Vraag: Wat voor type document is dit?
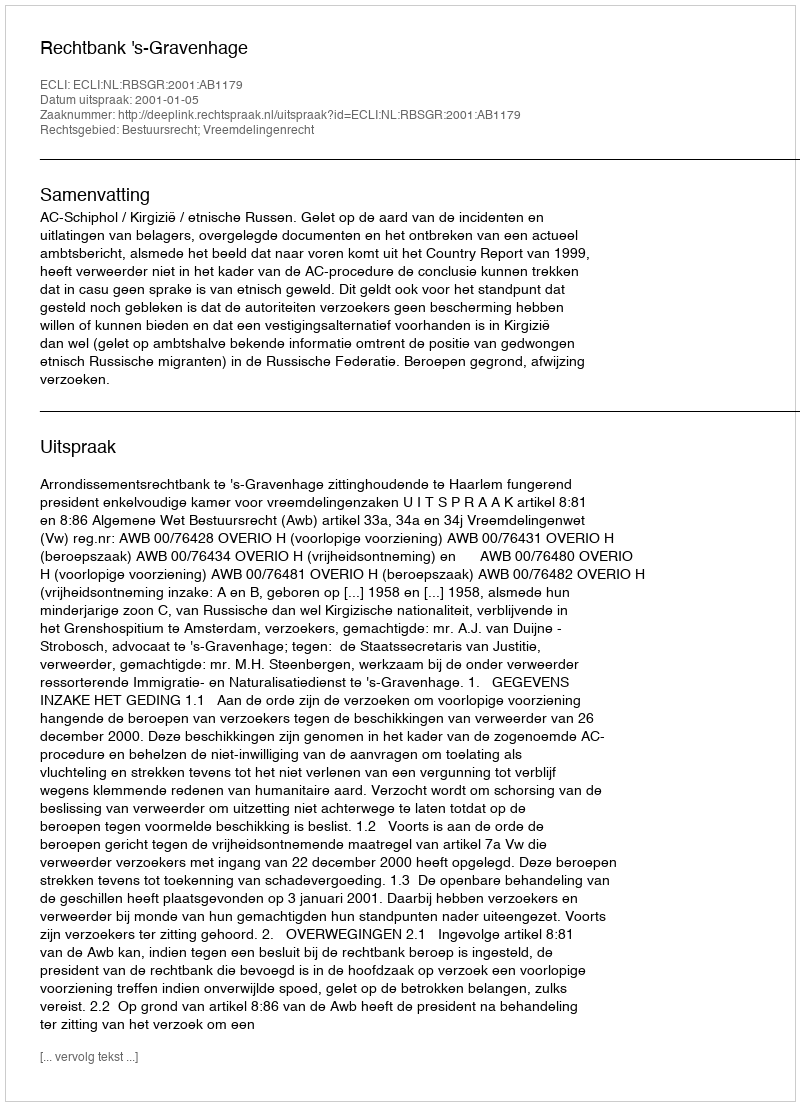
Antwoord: Uitspraak